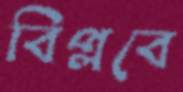
বিপ্লবে